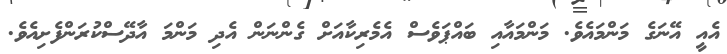
އެއީ އޭނަގެ މަންމައެވެ. މަންމައާއި ބައްޕަވެސް އެމެރިކާއަށް ގެންނަން އެދި މަންމަ އާދޭސްކުރަންފެށިއެވެ.